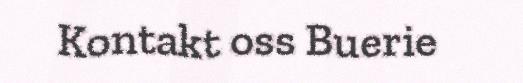
Kontakt oss Buerie